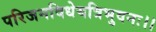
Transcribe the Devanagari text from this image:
परिजनविधेयत्रिभुवनः।।